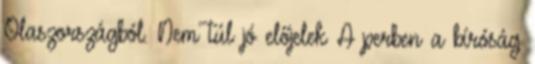
Olaszországból. Nem túl jó előjelek A perben a bíróság